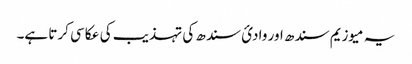
یہ میوزیم سندھ اور وادئ سندھ کی تہذیب کی عکاسی کرتا ہے۔